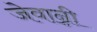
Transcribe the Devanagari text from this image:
जेवान्नी